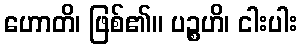
ဟောတိ၊ ဖြစ်၏။ ပဉ္စဟိ၊ ငါးပါး